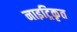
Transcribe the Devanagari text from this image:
नाइट्रिकृत